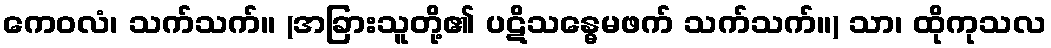
ကေဝလံ၊ သက်သက်။ (အခြားသူတို့၏ ပဋိသန္ဓေမဖက် သက်သက်။) သာ၊ ထိုကုသလ